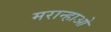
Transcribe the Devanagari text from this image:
मरान्हाओ